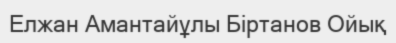
Елжан Амантайұлы Біртанов Ойық